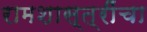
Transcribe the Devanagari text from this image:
रामशास्त्रींचा